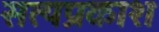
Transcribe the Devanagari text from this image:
सत्‍यप्रकाश